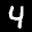
Digit: 4